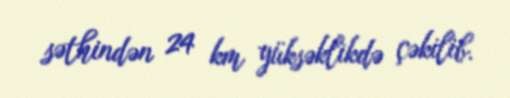
səthindən 24 km yüksəklikdə çəkilib.